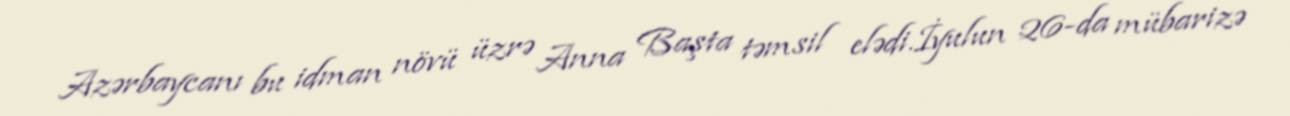
Azərbaycanı bu idman növü üzrə Anna Başta təmsil elədi.İyulun 26-da mübarizə